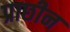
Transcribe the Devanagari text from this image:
प्राछीन